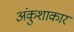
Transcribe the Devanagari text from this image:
अंकुशाकार